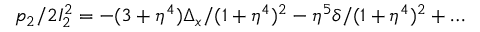
p _ { 2 } / 2 I _ { 2 } ^ { 2 } = - ( 3 + \eta ^ { 4 } ) \Delta _ { x } / ( 1 + \eta ^ { 4 } ) ^ { 2 } - \eta ^ { 5 } \delta / ( 1 + \eta ^ { 4 } ) ^ { 2 } + \dots